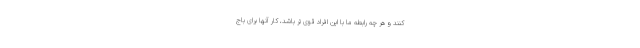
کنند و هر چه رابطه ما با این افراد قوی تر باشد، کار آنها برای باج